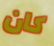
كان